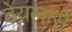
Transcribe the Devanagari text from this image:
ठेयलांसे